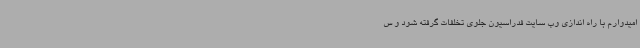
امیدوارم با راه اندازی وب سایت فدراسیون جلوی تخلفات گرفته شود و س